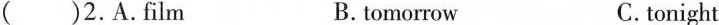
()2.A.film B. tomorrow C.tonight